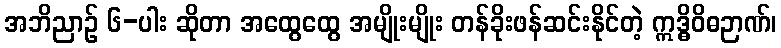
အဘိညာဉ် ၆-ပါး ဆိုတာ အထွေထွေ အမျိုးမျိုး တန်ခိုးဖန်ဆင်းနိုင်တဲ့ ဣဒ္ဓိဝိဓဉာဏ်၊